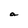
Character: a